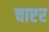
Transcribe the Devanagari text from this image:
चाप्टर